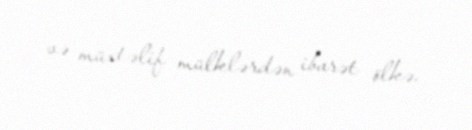
və müxtəlif mülklərdən ibarət ölkə.